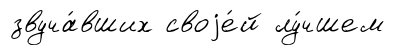
звуча́вших своjе́й лу́чшем